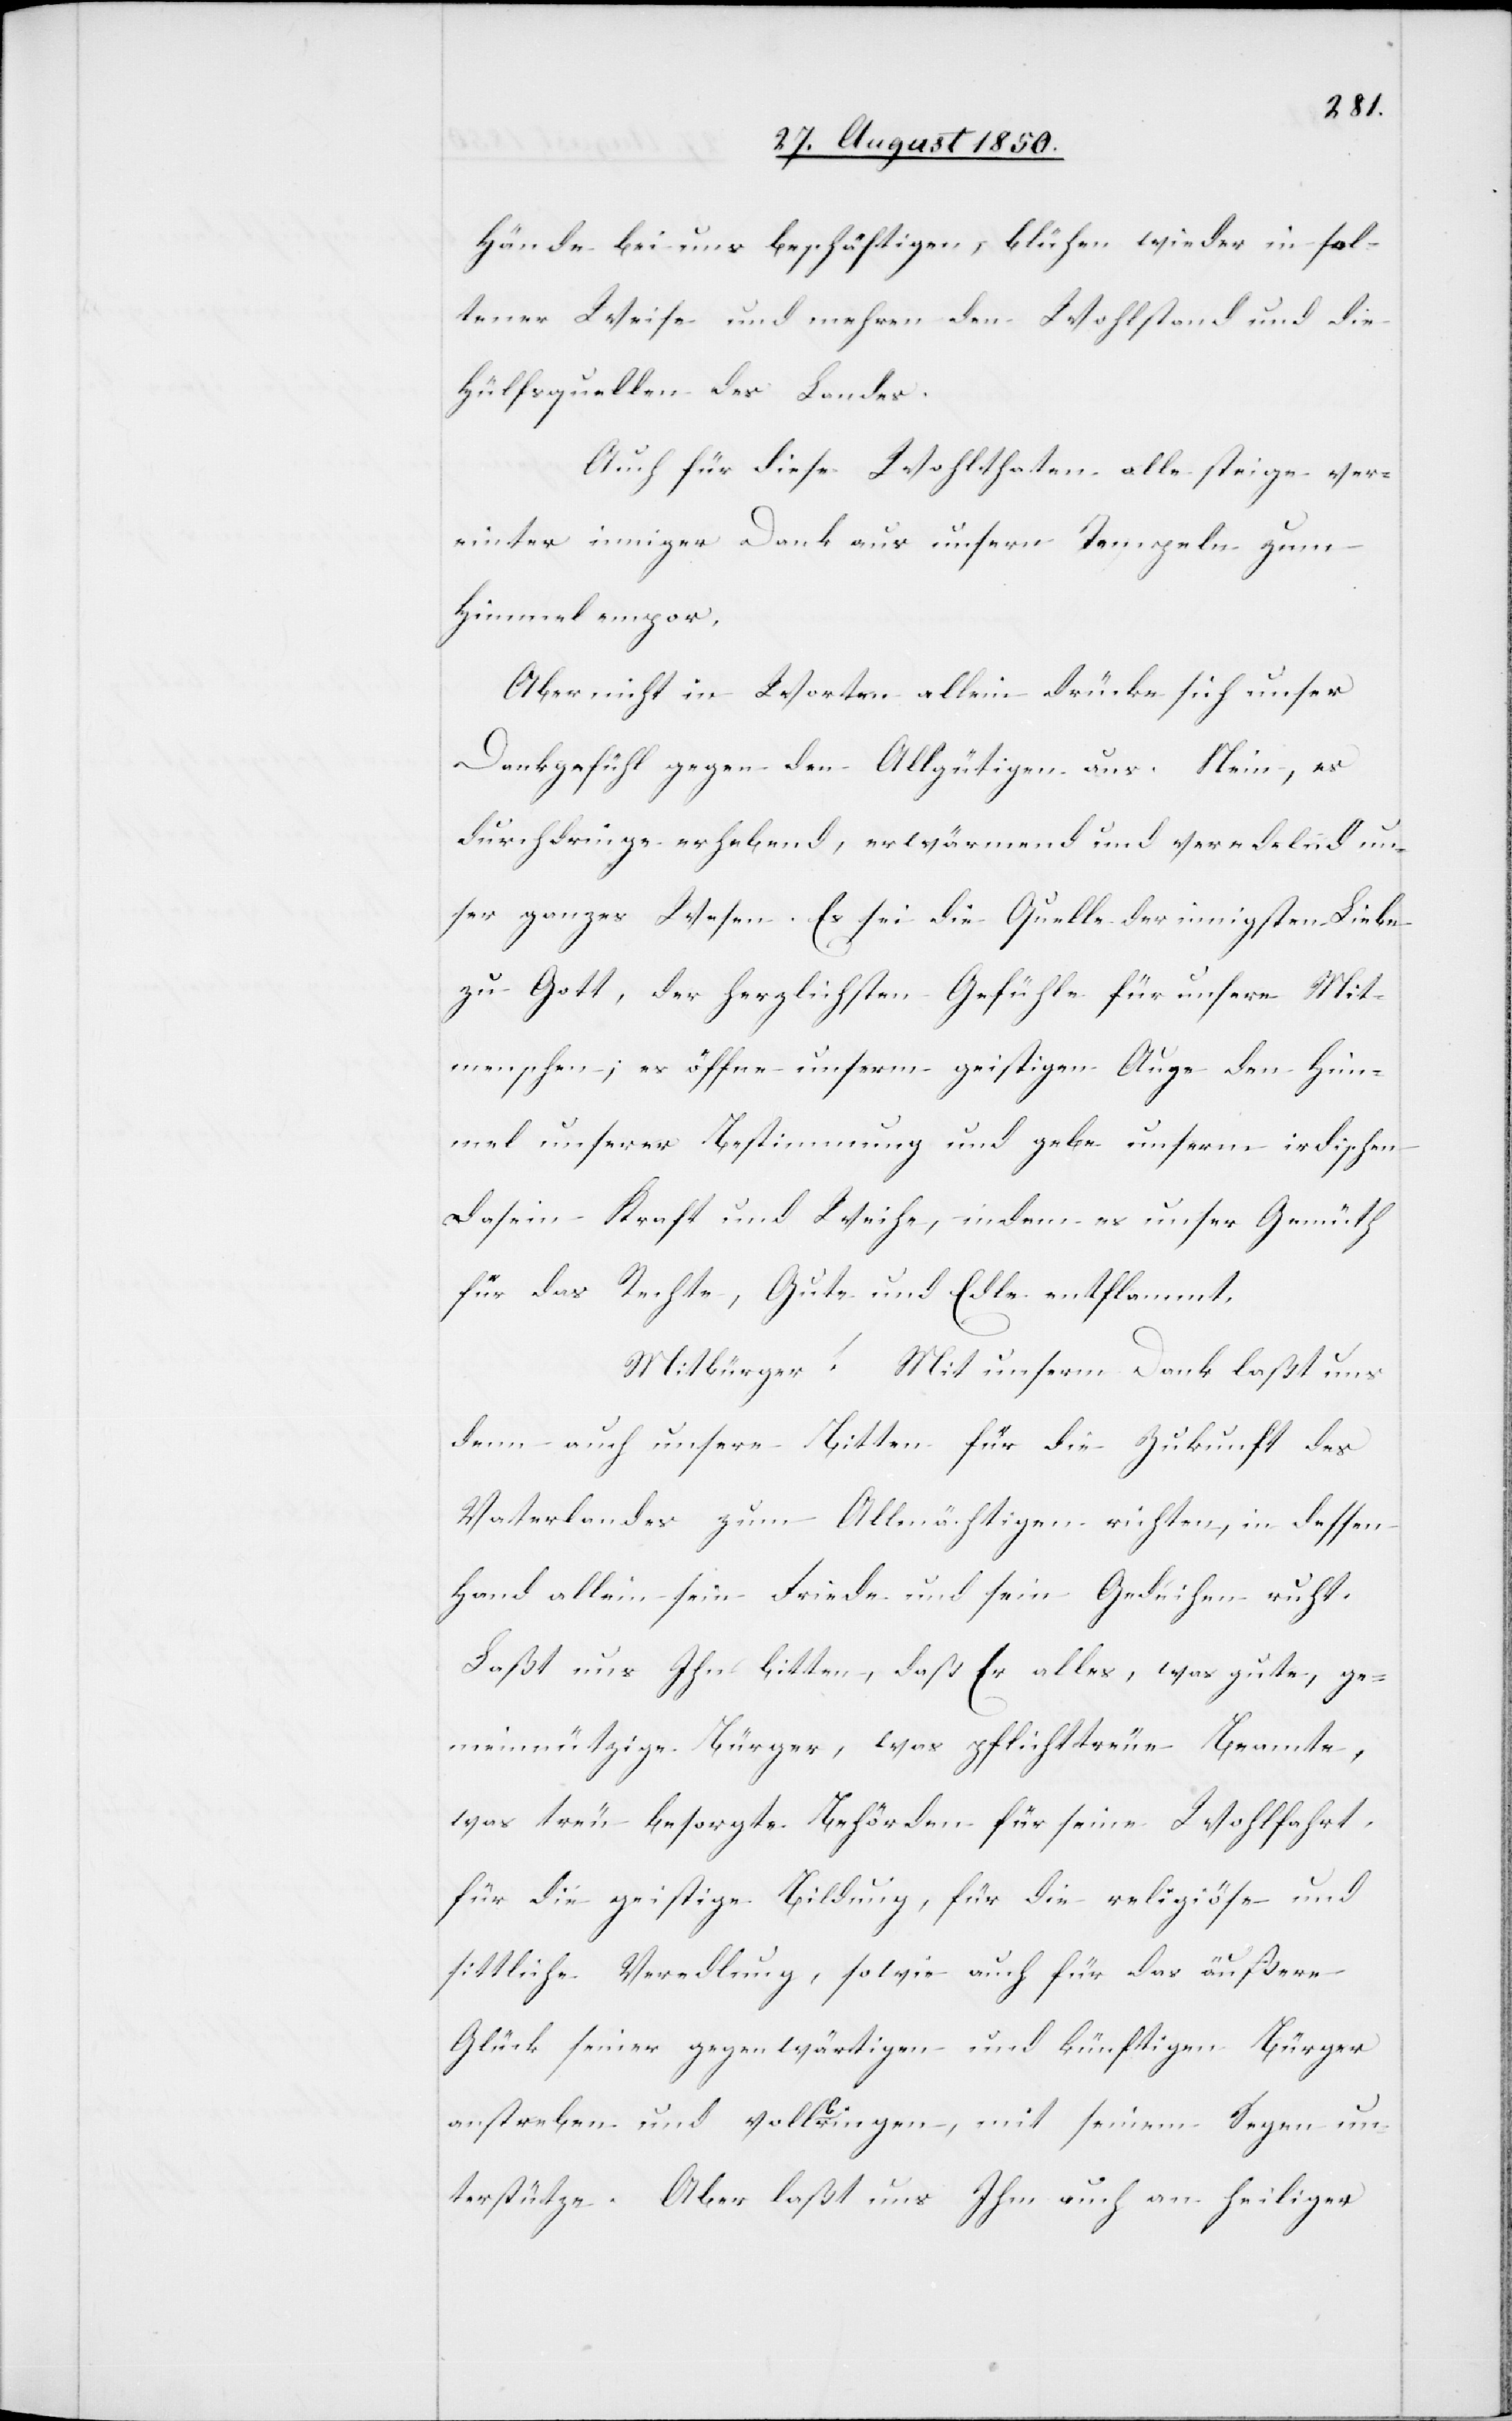
Hände bei uns beschäftigen, blühen wieder in sel¬
tener Weise und mehren den Wohlstand und die
Hülfsquellen des Landes.
Auch für diese Wohlthaten alle steige ver¬
einter inniger Dank aus unsern Tempeln zum
Himmel empor.
Aber nicht in Worten allein drücke sich unser
Dankgefühl gegen den Allgütigen aus. Nein, es
durchdringe erhebend, erwärmend und veredelnd un¬
ser ganzes Wesen. Es sei die Quelle der innigsten Liebe
zu Gott, der herzlichsten Gefühle für unsere Mit¬
menschen; es öffne unserm geistigen Auge den Him¬
mel unsere Bestimmung und gebe unserm irdischen
Dasein Kraft und Weihe, indem es unser Gemüth
für das Rechte, Gute und Edle entflammt.
Mitbürger! Mit unserm Dank laßt uns
denn auch unsere Bitten für die Zukunft des
Vaterlandes zum Allmächtigen richten, in dessen
Hand allein sein Friede und sein Gedeihen ruth.
Laßt uns Ihn bitten, daß Er alles, was gute, ge¬
meinnützige Bürger, was pflichttreue Beamte,
was treu besorgte Behörden für seine Wohlfahrt,
für die geistige Bildung, für die religiöse und
sittliche Veredlung, sowie auch für das äußere
Glück seiner gegenwärtigen und künftigen Bürger
anstreben und vollbringen, mit seinem Segen un¬
terstütze. Aber laßt uns Ihm auch an heiliger